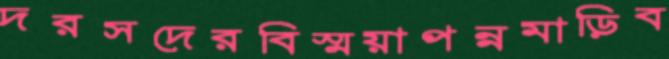
দরসদেরবিস্ময়াপন্নমাড়িব